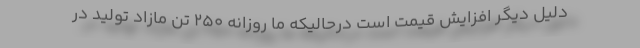
دلیل دیگر افزایش قیمت است درحالیکه ما روزانه ۲۵۰ تن مازاد تولید در